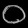
Digit: ၀